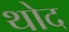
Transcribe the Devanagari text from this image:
थोद